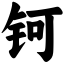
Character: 钶